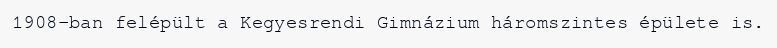
1908-ban felépült a Kegyesrendi Gimnázium háromszintes épülete is.